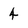
Character: 4